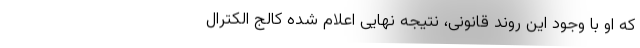
که او با وجود این روند قانونی، نتیجه نهایی اعلام شده کالج الکترال